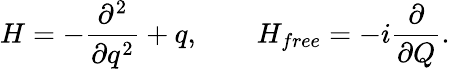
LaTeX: H=-{\frac{\partial^{2}}{\partial q^{2}}}+q,~~~~~~~~H_{free}=-i{\frac\partial{\partial Q}}.